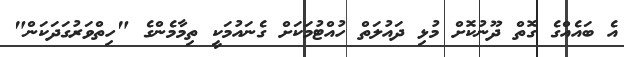
އެ ބައެއްގެ ގޮތް ދޫނުކޮށް މުޅި ދައުލަތް ހުއްޓުމަކަށް ގެނައުމަކީ ތިމާމެންގެ "ހިތްވަރުގަދަކަން"